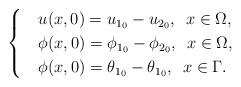
LaTeX: \begin{align*}\begin{cases} &u(x,0)=u_{1_0}-u_{2_0},\,\,\,x\in\Omega,\\ &\phi(x,0)=\phi_{1_0}-\phi_{2_0},\,\,\,x\in\Omega,\\ &\phi(x,0)=\theta_{1_0}-\theta_{1_0},\,\,\,x\in\Gamma.\end{cases}\end{align*}